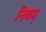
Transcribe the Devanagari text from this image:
नियम्